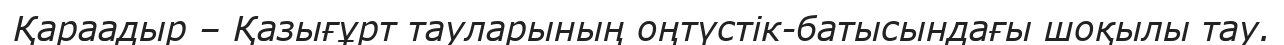
Қараадыр – Қазығұрт тауларының оңтүстік-батысындағы шоқылы тау.